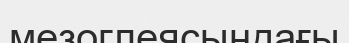
мезоглеясындағы